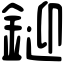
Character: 𨧞